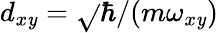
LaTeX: d_{x\mathit{y}}=\sqrt{}{{\hbar/(m\omega_{x\mathit{y}})}}